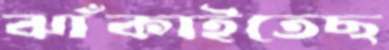
ঝাঁকাইতেছ